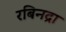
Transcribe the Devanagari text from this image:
रबिनद्रा